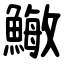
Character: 䲄